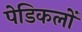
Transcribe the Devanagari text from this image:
पेडिकलों